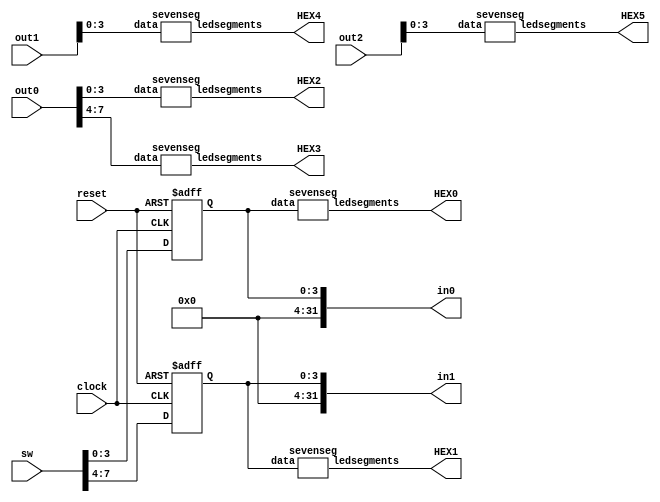
module ledmodule(clock,in0,in1,out0,out1,out2,
						reset,sw,HEX0,HEX1,HEX2,HEX3,HEX4,HEX5);
						
	input         clock;
	input [31:0]  out0,out1,out2;
	input         reset;
	input [7:0]   sw;
 	
	output [31:0] in0,in1;
	output [6:0]  HEX0,HEX1,HEX2,HEX3,HEX4,HEX5;
	
	wire [31:0]  out0,out1,out2;
	reg [31:0]   in0,in1;
	
	initial
	begin
		in0 = 4'b0;
		in1 = 4'b0;
	end
	
	always @(posedge clock or negedge reset)
	begin
		if(reset == 0)
		begin
			in0 <= 32'b0;
			in1 <= 32'b0;
		end 
		else 
		begin
			in0 <= {28'b0,sw[3:0]};
			in1 <= {28'b0,sw[7:4]};
		end
	end
	
	sevenseg  LED8_0 ( in0[3:0], HEX0 );   
	sevenseg  LED8_1 ( in1[3:0], HEX1 );        
	sevenseg  LED8_2 ( out0[3:0], HEX2 );   
	sevenseg  LED8_4 ( out0[7:4], HEX3 );
	sevenseg  LED8_5 ( out1[3:0], HEX4 );
	sevenseg  LED8_6 ( out2[3:0], HEX5 );
	
endmodule
	
	
module  sevenseg ( data, ledsegments);  
input [3:0] data;  
output [6:0] ledsegments;  
reg [6:0] ledsegments; 

always @ (*)      
		case(data)                       //     gfe_dcba     // 7  LED                 
													//     654_3210    // DE2         
			0: ledsegments = 7'b100_0000;    // DE2C         
			1: ledsegments = 7'b111_1001;        
			2: ledsegments = 7'b010_0100;        
			3: ledsegments = 7'b011_0000;        
			4: ledsegments = 7'b001_1001;        
			5: ledsegments = 7'b001_0010;        
			6: ledsegments = 7'b000_0010;        
			7: ledsegments = 7'b111_1000;        
			8: ledsegments = 7'b000_0000;        
			9: ledsegments = 7'b001_0000;  
			4'b1010: ledsegments = 7'b000_1000;  
			4'b1011: ledsegments = 7'b000_0011;  
			4'b1100: ledsegments = 7'b010_0111;  
			4'b1101: ledsegments = 7'b010_0001;  
			4'b1110: ledsegments = 7'b000_0110;  
			4'b1111: ledsegments = 7'b000_1110;
			default: ledsegments = 7'b111_1111;  //     
		endcase   
endmodule